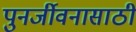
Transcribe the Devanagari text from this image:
पुनर्जीवनासाठी